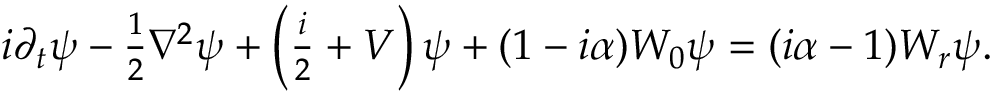
\begin{array} { r } { i \partial _ { t } \psi - \frac { 1 } { 2 } \nabla ^ { 2 } \psi + \left( \frac { i } { 2 } + V \right) \psi + ( 1 - i \alpha ) W _ { 0 } \psi = ( i \alpha - 1 ) W _ { r } \psi . } \end{array}